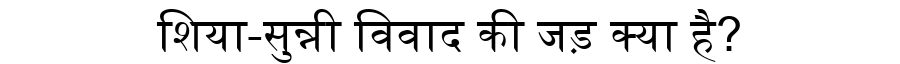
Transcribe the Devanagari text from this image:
शिया-सुन्नी विवाद की जड़ क्या है?